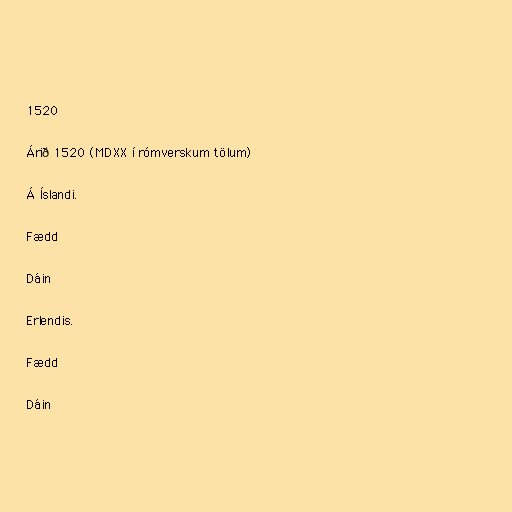
1520

Árið 1520 (MDXX í rómverskum tölum)

Á Íslandi.

Fædd

Dáin

Erlendis.

Fædd

Dáin